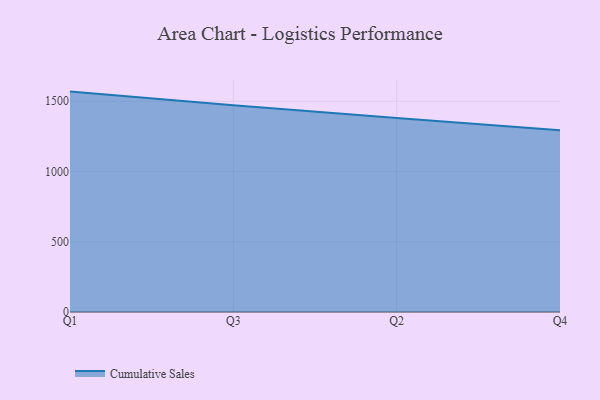
{"axis": {"x": "Quarter", "y": "Temperature (°C)"}, "legend": ["Cumulative Sales"], "data": [{"x": "Q1", "y": 1568.8, "type": "Cumulative Sales"}, {"x": "Q3", "y": 1471.1, "type": "Cumulative Sales"}, {"x": "Q2", "y": 1381.5, "type": "Cumulative Sales"}, {"x": "Q4", "y": 1294.3, "type": "Cumulative Sales"}]}